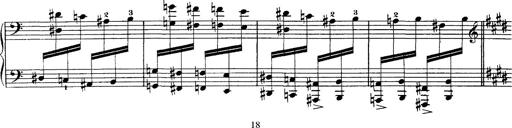
Title: Hungarian Rhapsody No.1
Composer: Franz Liszt
Key: C-sharp minor